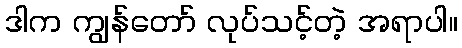
ဒါက ကျွန်တော် လုပ်သင့်တဲ့ အရာပါ။